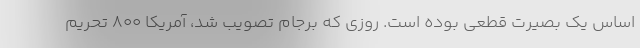
اساس یک بصیرت قطعی بوده است. روزی که برجام تصویب شد، آمریکا ۸۰۰ تحریم